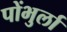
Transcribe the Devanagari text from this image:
पोंभुर्ला